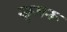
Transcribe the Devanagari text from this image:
खुमरू